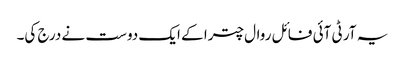
یہ آر ٹی آئی فائل روال چترا کے ایک دوست نے درج کی۔